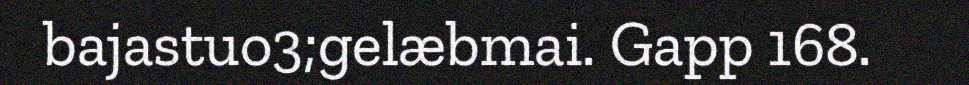
bajastuo3;gelæbmai. Gapp 168.